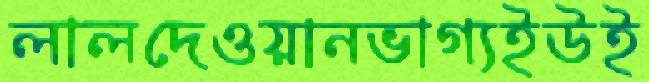
লালদেওয়ানভাগ্যইউই